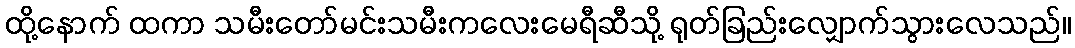
ထို့နောက် ထကာ သမီးတော်မင်းသမီးကလေးမေရီဆီသို့ ရုတ်ခြည်းလျှောက်သွားလေသည်။